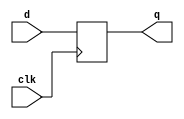
/*

Copyright 2022 Marc Ketel
SPDX-License-Identifier: Apache-2.0

*/

`default_nettype none

module my_dff8 (
    input wire clk,
    input wire [7:0] d,
    output reg [7:0] q
);

  always @(posedge clk) begin
    q <= d;
  end

endmodule